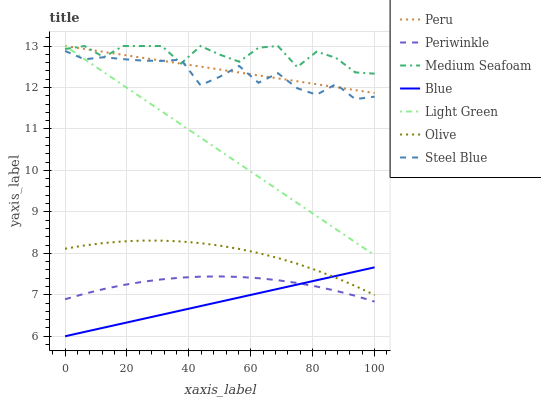
| xaxis_label | Peru | Periwinkle | Medium Seafoam | Blue | Light Green | Olive | Steel Blue |
 | --- | --- | --- | --- | --- | --- | --- | --- |
 | 0 | 13 | 6.89 | 12.9 | 6 | 13 | 8.11 | 12.9 |
 | 6.25 | 12.9 | 7.02 | 13 | 6.1 | 12.7 | 8.19 | 12.7 |
 | 12.5 | 12.9 | 7.14 | 12.7 | 6.21 | 12.4 | 8.25 | 12.7 |
 | 18.8 | 12.8 | 7.23 | 13 | 6.31 | 12.1 | 8.29 | 12.7 |
 | 25 | 12.7 | 7.31 | 13 | 6.42 | 11.7 | 8.31 | 12.6 |
 | 31.2 | 12.6 | 7.37 | 13 | 6.52 | 11.4 | 8.31 | 12.6 |
 | 37.5 | 12.6 | 7.41 | 12.6 | 6.62 | 11.1 | 8.29 | 12.7 |
 | 43.8 | 12.5 | 7.44 | 13 | 6.73 | 10.8 | 8.25 | 12.1 |
 | 50 | 12.4 | 7.44 | 12.8 | 6.83 | 10.5 | 8.19 | 12.3 |
 | 56.2 | 12.4 | 7.43 | 12.6 | 6.93 | 10.2 | 8.11 | 12.5 |
 | 62.5 | 12.3 | 7.4 | 13 | 7.04 | 9.85 | 8.01 | 12.1 |
 | 68.8 | 12.2 | 7.35 | 13 | 7.14 | 9.53 | 7.89 | 12.3 |
 | 75 | 12.1 | 7.28 | 12.5 | 7.25 | 9.21 | 7.75 | 12 |
 | 81.2 | 12.1 | 7.2 | 12.9 | 7.35 | 8.9 | 7.59 | 11.8 |
 | 87.5 | 12 | 7.1 | 12.7 | 7.45 | 8.58 | 7.41 | 12.1 |
 | 93.8 | 11.9 | 6.98 | 12.4 | 7.56 | 8.27 | 7.21 | 11.7 |
 | 100 | 11.9 | 6.84 | 12.3 | 7.66 | 7.95 | 7 | 11.8 |